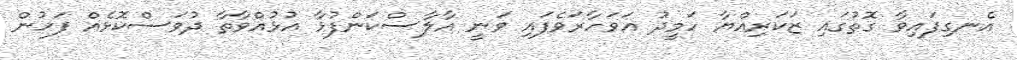
އެނގިފައިވާ ގޮތުގައި ޒަކަރިއްޔާ ހަމީދު އަވަހާރަވެފައި ވަނީ އާލާސްކަންފުޅާ އުޅުއްވާތާ ދުވަސްކޮޅެއް ފަހުން